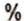
%